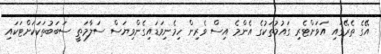
އޭގެ ތެރޭގައި އަވަށްޓެރި ގައުމުތަކުގެ އެންމެ އިސް ވެރިން ހިމެނިވަޑައިގެންވިޔަސް ސަލާމަތީ ސަބަބުތަކަކަށްޓަކައި